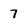
Character: 7